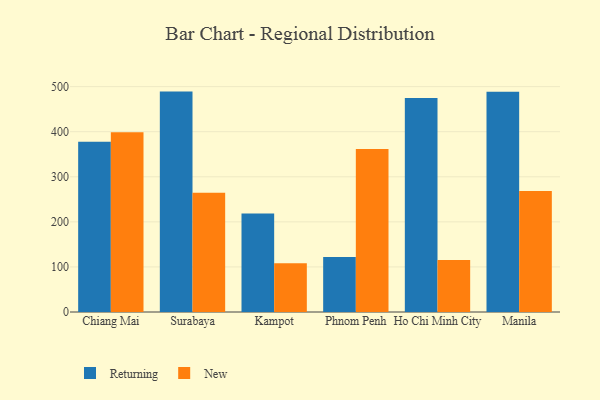
{"axis": {"x": "City", "y": "Demand Index"}, "legend": ["New", "Returning"], "data": [{"x": "Chiang Mai", "y": 377.5, "type": "Returning"}, {"x": "Chiang Mai", "y": 399.0, "type": "New"}, {"x": "Surabaya", "y": 489.0, "type": "Returning"}, {"x": "Surabaya", "y": 264.4, "type": "New"}, {"x": "Kampot", "y": 218.6, "type": "Returning"}, {"x": "Kampot", "y": 108.0, "type": "New"}, {"x": "Phnom Penh", "y": 122.3, "type": "Returning"}, {"x": "Phnom Penh", "y": 361.8, "type": "New"}, {"x": "Ho Chi Minh City", "y": 475.0, "type": "Returning"}, {"x": "Ho Chi Minh City", "y": 115.1, "type": "New"}, {"x": "Manila", "y": 488.8, "type": "Returning"}, {"x": "Manila", "y": 268.7, "type": "New"}]}